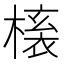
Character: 𭫱